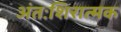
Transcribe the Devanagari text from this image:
अंतःशिरात्मक